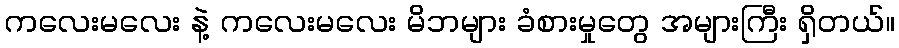
ကလေးမလေး နဲ့ ကလေးမလေး မိဘများ ခံစားမှုတွေ အများကြီး ရှိတယ်။